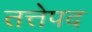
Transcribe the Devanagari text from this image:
तत्तेपद